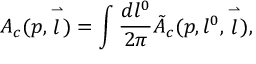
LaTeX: A _ { c } ( p , \stackrel { \rightharpoonup } { l } ) = \int \frac { d l ^ { 0 } } { 2 \pi } \tilde { A } _ { c } ( p , l ^ { 0 } , \stackrel { \rightharpoonup } { l } ) ,